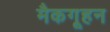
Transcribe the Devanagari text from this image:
मैकगूहन